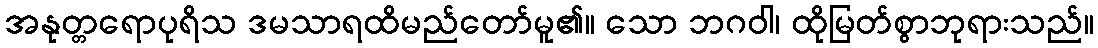
အနုတ္တရောပုရိသ ဒမသာရထိမည်တော်မူ၏။ သော ဘဂဝါ၊ ထိုမြတ်စွာဘုရားသည်။